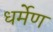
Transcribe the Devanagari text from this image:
धर्मेण